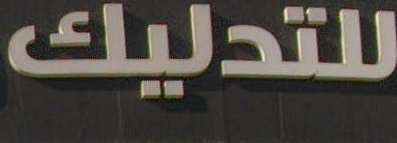
للتدليك